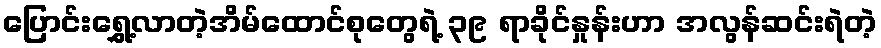
ပြောင်းရွှေ့လာတဲ့အိမ်ထောင်စုတွေရဲ့ ၃၉ ရာခိုင်နှုန်းဟာ အလွန်ဆင်းရဲတဲ့